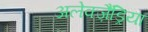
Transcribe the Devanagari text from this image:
अलेक्ज़ैंड्रिया